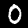
Digit: 0